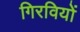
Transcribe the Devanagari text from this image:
गिरवियों